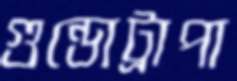
গুন্ডোট্রাপা